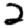
Digit: 2